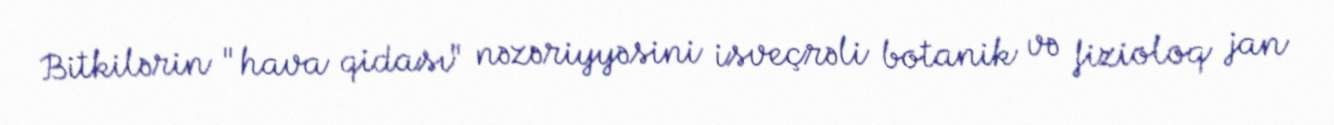
Bitkilərin "hava qidası" nəzəriyyəsini isveçrəli botanik və fizioloq jan